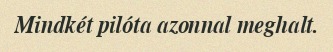
Mindkét pilóta azonnal meghalt.